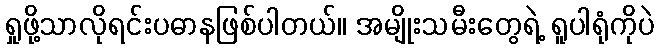
ရှုဖို့သာလိုရင်းပဓာနဖြစ်ပါတယ်။ အမျိုးသမီးတွေရဲ့ ရူပါရုံကိုပဲ